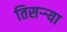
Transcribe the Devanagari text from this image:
तिसर्‍र्‍या